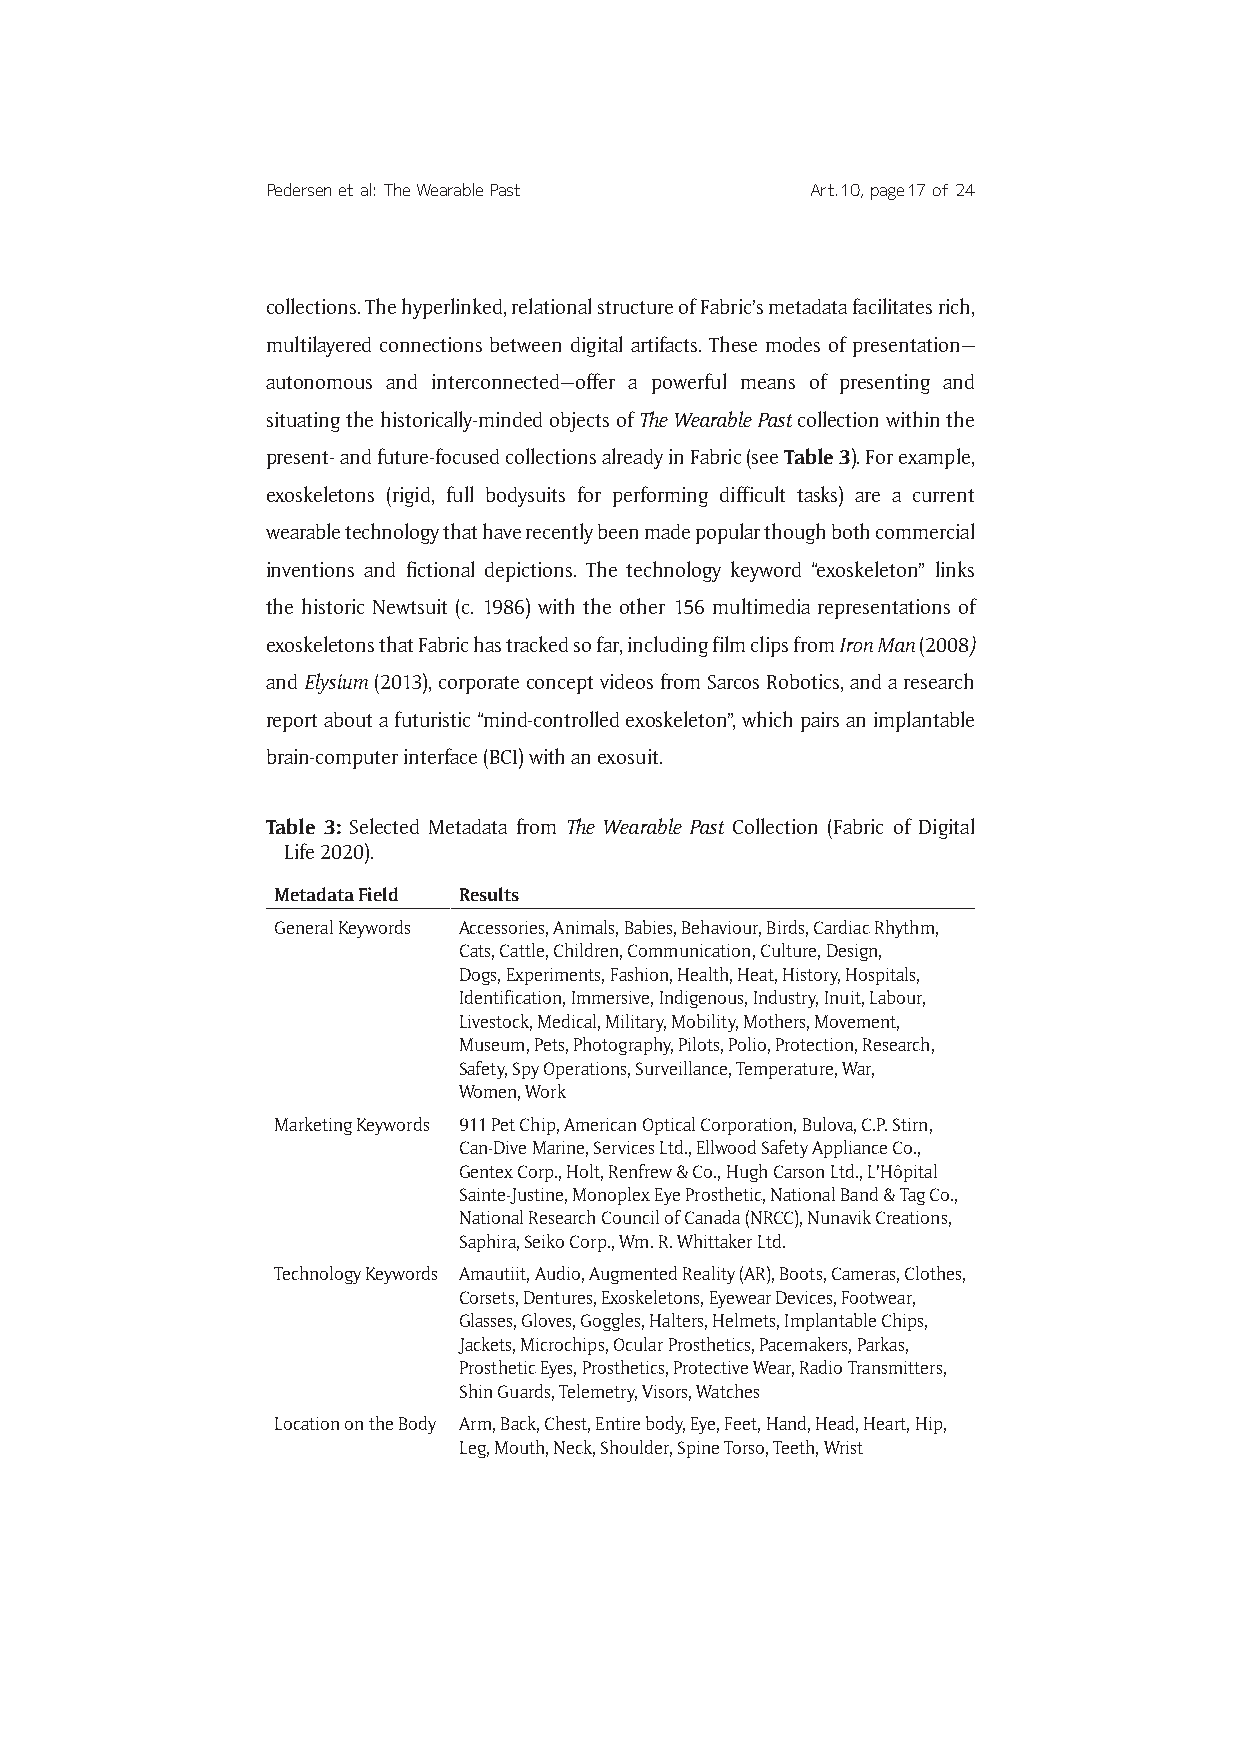
Pedersen et al: The Wearable Past   Art. 10, page 17 of 24
 collections. The hyperlinked, relational structure of Fabric’s metadata facilitates rich,
 multilayered connections between digital artifacts. These modes of presentation—
 autonomous and interconnected—offer a powerful means of presenting and
 situating the historically-minded objects of The Wearable Past collection within the
 present- and future-focused collections already in Fabric (see Table 3). For example,
 exoskeletons (rigid, full bodysuits for performing difficult tasks) are a current
 wearable technology that have recently been made popular though both commercial
 inventions and fictional depictions. The technology keyword “exoskeleton” links
 the historic Newtsuit (c. 1986) with the other 156 multimedia representations of
 exoskeletons that Fabric has tracked so far, including film clips from Iron Man (2008)
 and Elysium (2013), corporate concept videos from Sarcos Robotics, and a research
 report about a futuristic “mind-controlled exoskeleton”, which pairs an implantable
 brain-computer interface (BCI) with an exosuit.
 Table 3: Selected Metadata from The Wearable Past Collection (Fabric of Digital
 Life 2020).
 Metadata Field Results
 General Keywords Accessories, Animals, Babies, Behaviour, Birds, Cardiac Rhythm,
 Cats, Cattle, Children, Communication, Culture, Design,
 Dogs, Experiments, Fashion, Health, Heat, History, Hospitals,
 Identification, Immersive, Indigenous, Industry, Inuit, Labour,
 Livestock, Medical, Military, Mobility, Mothers, Movement,
 Museum, Pets, Photography, Pilots, Polio, Protection, Research,
 Safety, Spy Operations, Surveillance, Temperature, War,
 Women, Work
 Marketing Keywords 911 Pet Chip, American Optical Corporation, Bulova, C.P. Stirn,
 Can-Dive Marine, Services Ltd., Ellwood Safety Appliance Co.,
 Gentex Corp., Holt, Renfrew & Co., Hugh Carson Ltd., L’Hôpital
 Sainte-Justine, Monoplex Eye Prosthetic, National Band & Tag Co.,
 National Research Council of Canada (NRCC), Nunavik Creations,
 Saphira, Seiko Corp., Wm. R. Whittaker Ltd.
 Technology Keywords Amautiit, Audio, Augmented Reality (AR), Boots, Cameras, Clothes,
 Corsets, Dentures, Exoskeletons, Eyewear Devices, Footwear,
 Glasses, Gloves, Goggles, Halters, Helmets, Implantable Chips,
 Jackets, Microchips, Ocular Prosthetics, Pacemakers, Parkas,
 Prosthetic Eyes, Prosthetics, Protective Wear, Radio Transmitters,
 Shin Guards, Telemetry, Visors, Watches
 Location on the Body Arm, Back, Chest, Entire body, Eye, Feet, Hand, Head, Heart, Hip,
 Leg, Mouth, Neck, Shoulder, Spine Torso, Teeth, Wrist